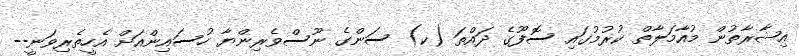
އިޝާރާތުން މުއާމަލާތް ކުރުމުގައި ސޮފޫގެ ދައްތަ (ކ) ސަންގެ ނޫސްވެރިންޔާ ހުސައިންއަށް އެހީތެރިވަނީ--